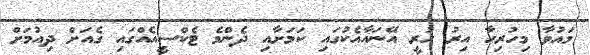
މައުވާ މިހުރިހާ އިރު ހުރީ އޭނައާއެކުގައި ކަމަށާއި ދެންމެ ޓެކްސީއެއްގައި ގެއަށް ދިއުމަށް